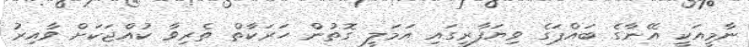
ނާމީއަކީ އޭނާގެ ބައްޕަގެ ވިޔަފާރީގައި އަމަލީ ގޮތުން ހަރަކާތް ތެރިވާ ކުއްޖަކަށް ވާއިރު